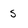
Character: s